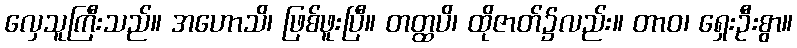
လှေသူကြီးသည်။ အဟောသိ၊ ဖြစ်ဖူးပြီ။ တတ္ထပိ၊ ထိုဇာတ်၌လည်း။ တာဝ၊ ရှေးဦးစွာ။